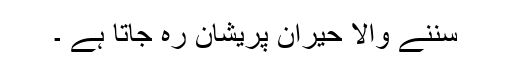
سننے والا حیران پریشان رہ جاتا ہے ۔